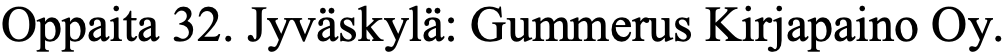
Oppaita 32. Jyväskylä: Gummerus Kirjapaino Oy.